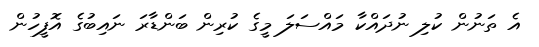
އެ ތަނުން ކުލި ނުދައްކާ މައްސަލަ މީގެ ކުރިން ބަންޑާރަ ނައިބުގެ އޮފީހުން